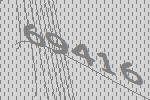
69416